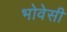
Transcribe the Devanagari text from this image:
भोवेसी